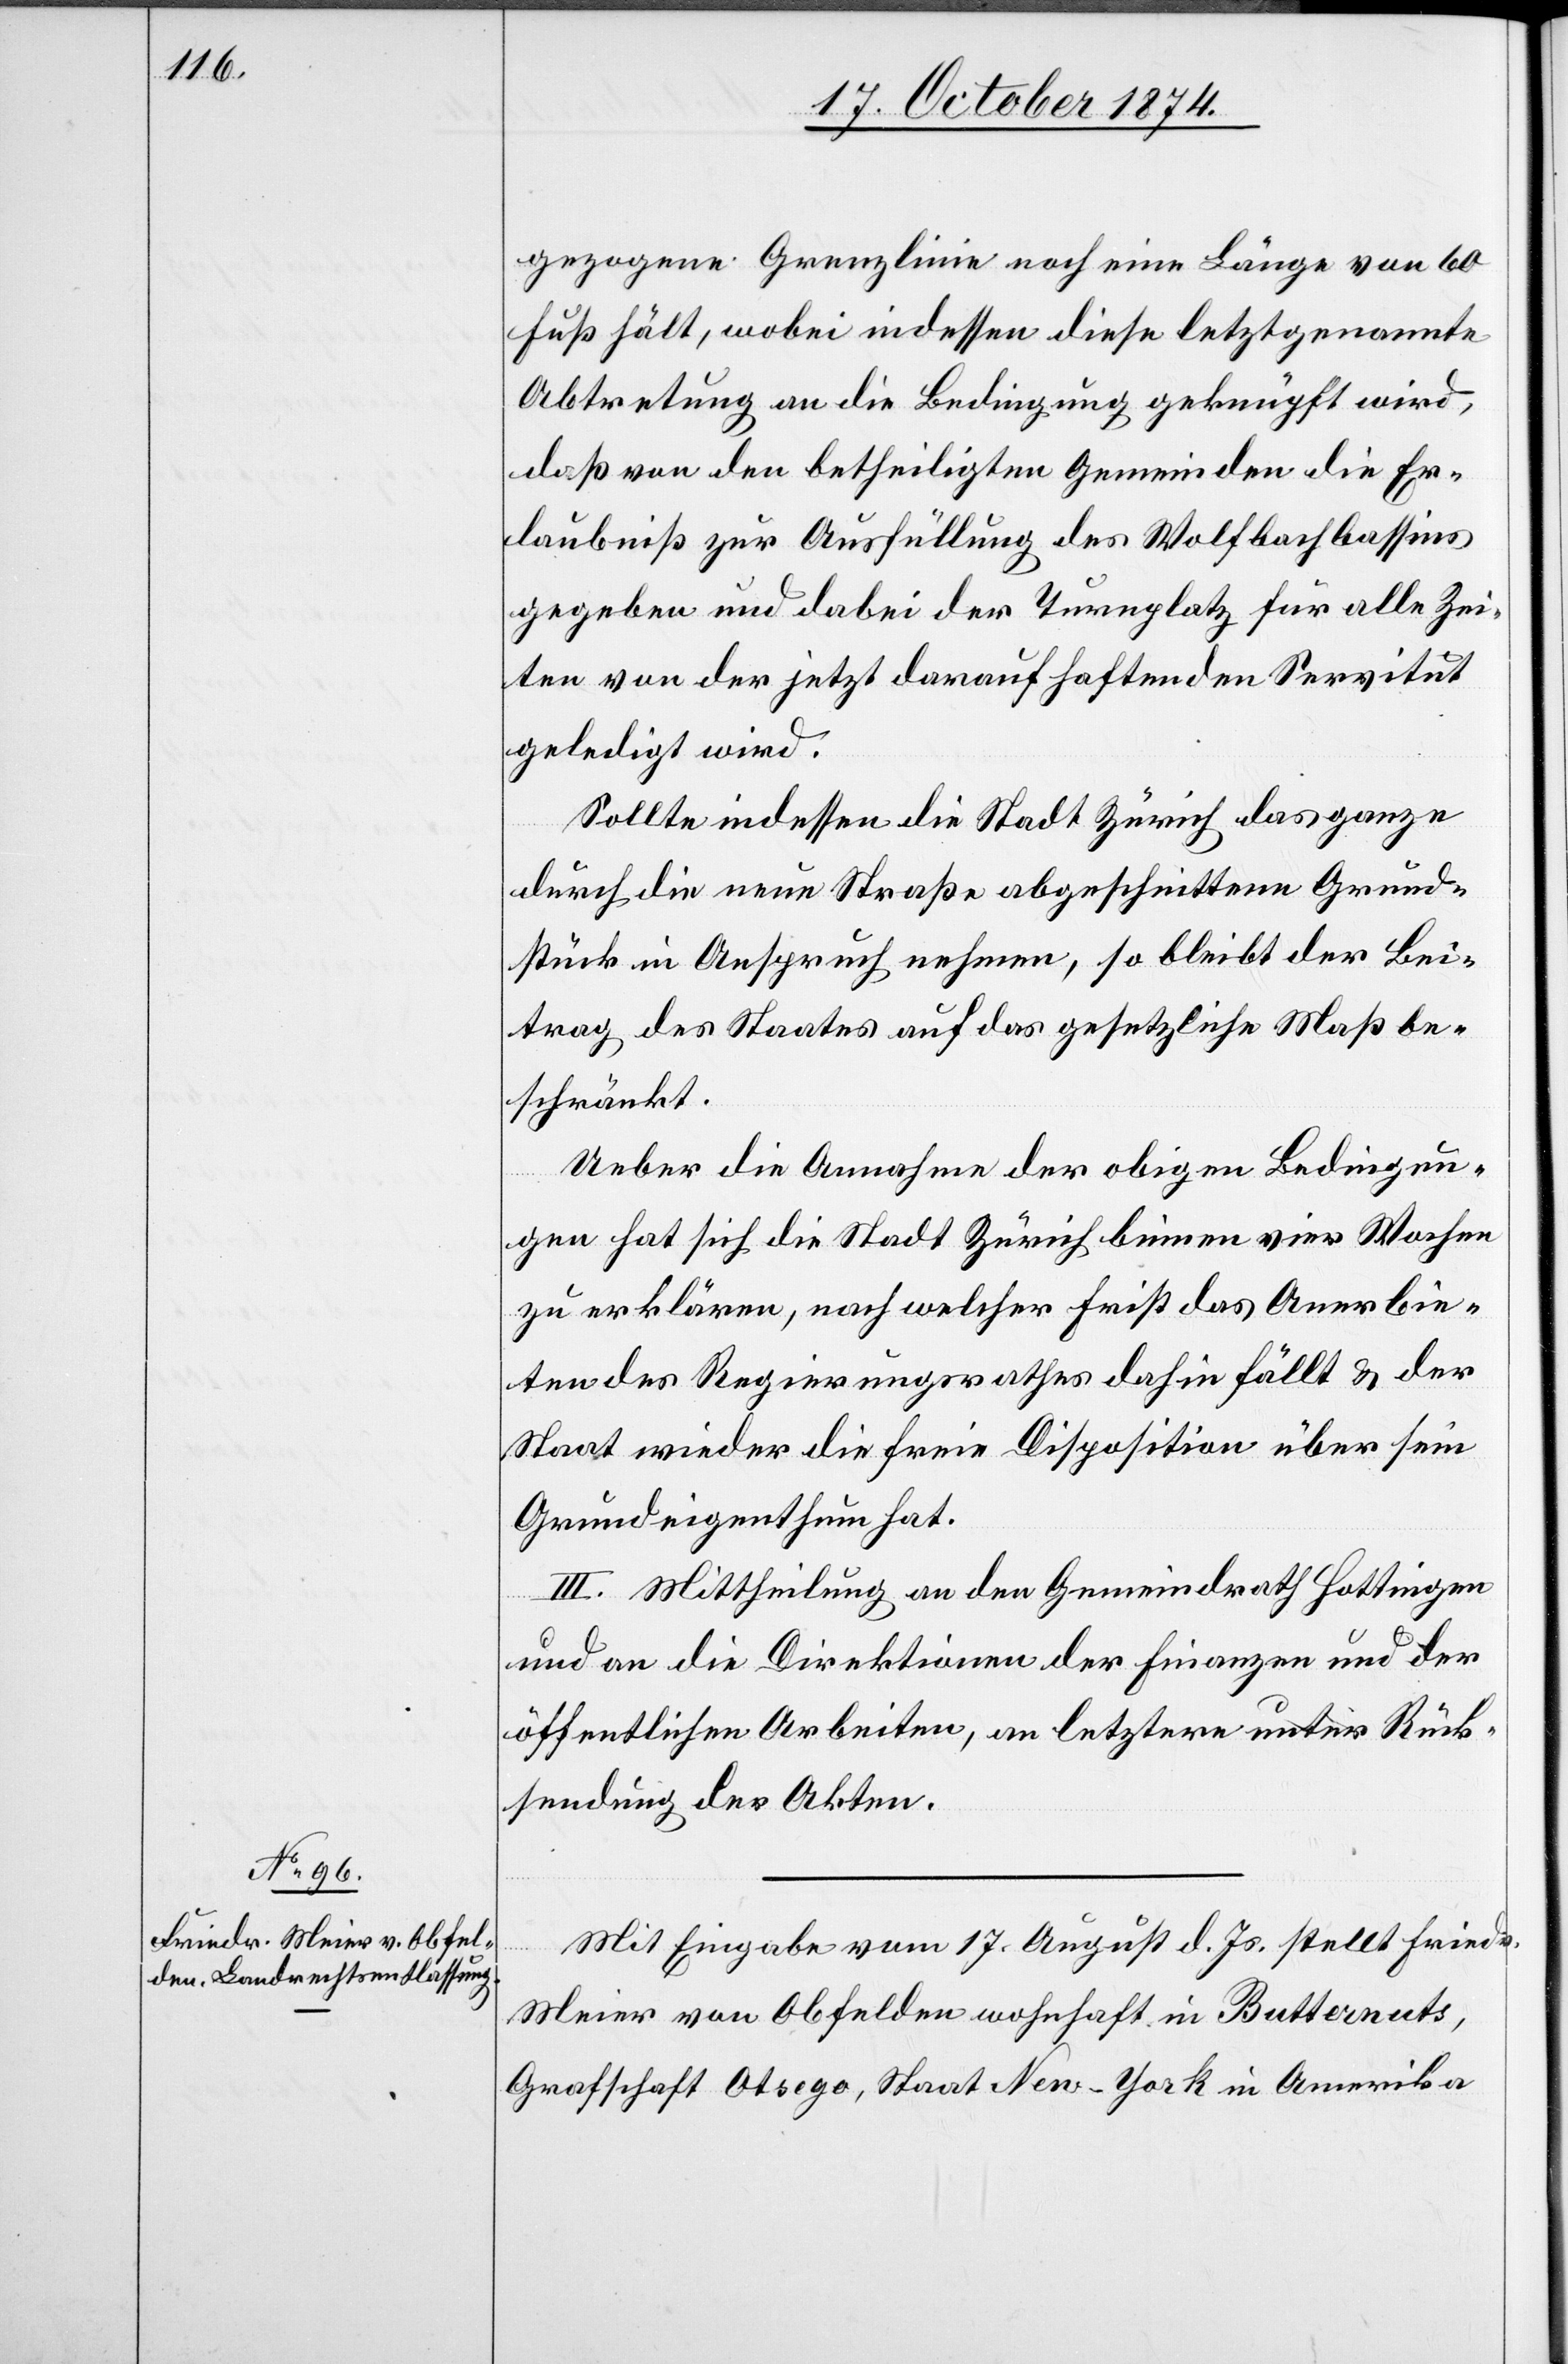
gezogene Grenzlinie noch eine Länge von 60
Fuß hält, wobei indessen diese letztgenannte
Abtretung an die Bedingung geknüpft wird,
daß von den betheiligten Gemeinden die Er¬
laubniß zur Ausfüllung des Wolfbachbassins
gegeben und dabei der Turnplatz für alle Zei¬
ten von der jetzt darauf haftenden Servitut
geledigt wird.
Sollte indessen die Stadt Zürich das ganze
durch die neue Straße abgeschnittene Grund¬
stück in Anspruch nehmen, so bleibt der Bei¬
trag des Staates auf das gesetzliche Maß be¬
schränkt.
Ueber die Annahme der obigen Bedingun¬
gen hat sich die Stadt Zürich binnen vier Wochen
zu erklären, nach welcher Frist das Anerbie¬
ten des Regierungsrathes dahin fällt & der
Staat wieder die freie Disposition über sein
Grundeigenthum hat.
III. Mittheilung an den Gemeindrath Hottingen
und an die Direktionen der Finanzen und der
öffentlichen Arbeiten, an letztere unter Rück¬
sendung der Akten.
Mit Eingabe vom 17. August d. Js. stellt Friedr.
Meier von Obfelden wohnhaft in Butternuts,
Grafschaft Otsego, Staat New-York in Amerika